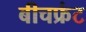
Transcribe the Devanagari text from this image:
बीचफ्रंट